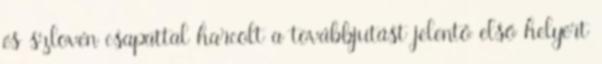
és szlovén csapattal harcolt a továbbjutást jelentő első helyért